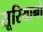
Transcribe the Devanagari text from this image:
सूरियानो